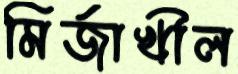
মির্জাখীল